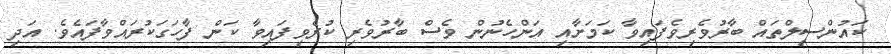
ކައުންސިލްތައް ބާރުވެރިވެފައިވާ ކަމަށާއި އަންހެނުން ވެސް ބާރުވެރި ކުރެވިފައިވާ ކަން ފާހަގަކުރައްވާފައެވެ. އަދި